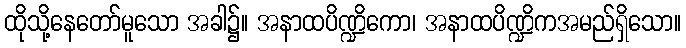
ထိုသို့နေတော်မူသော အခါ၌။ အနာထပိဏ္ဍိကော၊ အနာထပိဏ္ဍိကအမည်ရှိသော။